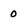
Character: 0